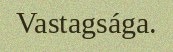
Vastagsága.